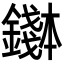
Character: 𬬌